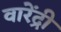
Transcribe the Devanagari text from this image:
वारेंद्री